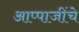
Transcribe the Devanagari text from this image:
आप्पाजींचे